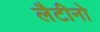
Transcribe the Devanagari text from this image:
लैटीनो